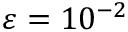
\varepsilon = 1 0 ^ { - 2 }